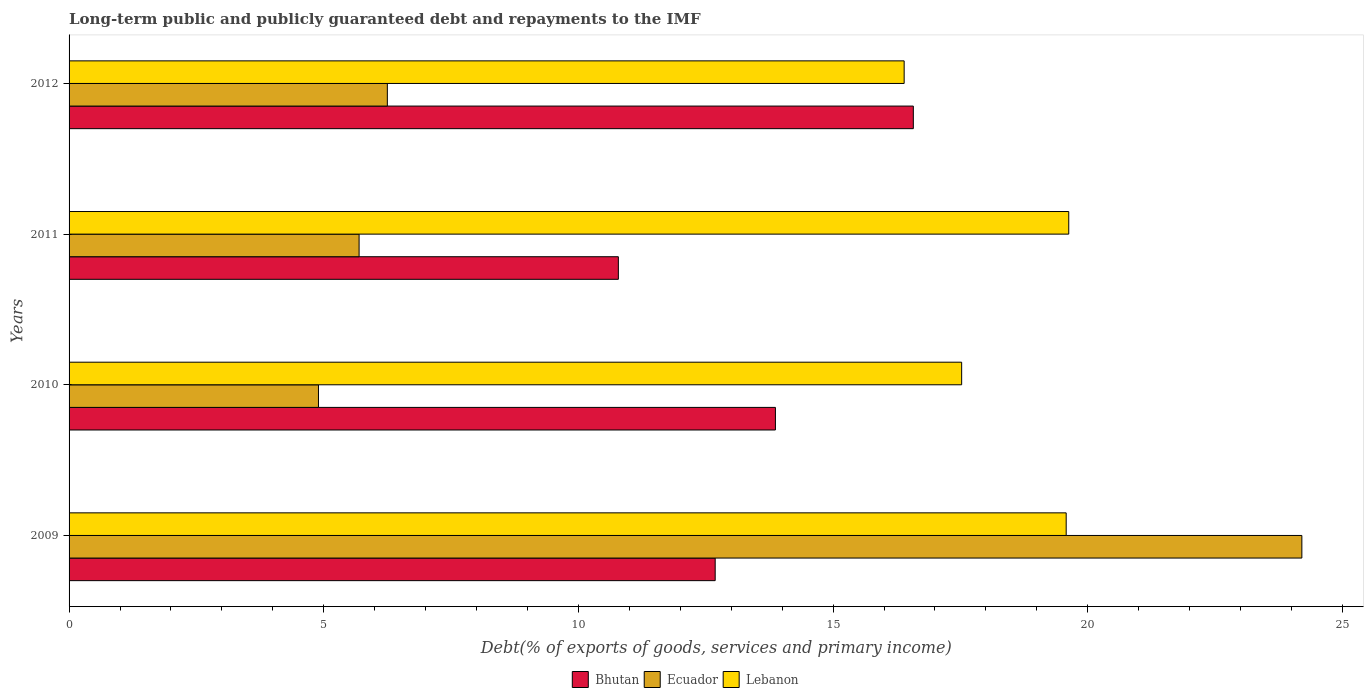
| Years | Bhutan | Ecuador | Lebanon |
 | --- | --- | --- | --- |
 | 2009 | 12.7 | 24.2 | 19.6 |
 | 2010 | 13.9 | 4.9 | 17.5 |
 | 2011 | 10.8 | 5.69 | 19.6 |
 | 2012 | 16.6 | 6.25 | 16.4 |